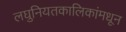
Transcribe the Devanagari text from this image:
लघुनियतकालिकांमधून